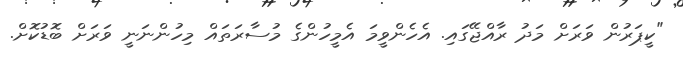
"ކީޕަރުން ވަރަށް މަދު ރާއްޖޭގައި. އެހެންވީމަ އެމީހުންގެ މުސާރަތައް މިހުންނަނީ ވަރަށް ބޮޑުކޮށް.